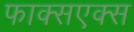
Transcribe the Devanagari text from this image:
फाक्सएक्स